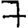
Digit: 7